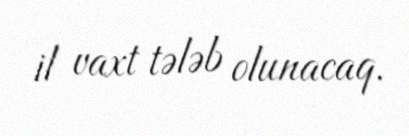
il vaxt tələb olunacaq.